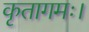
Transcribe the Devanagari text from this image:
कृतागमः।